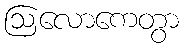
ဩလောကေတွာ